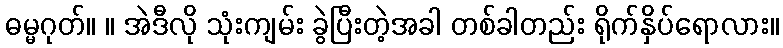
ဓမ္မဂုတ်။ ။ အဲဒီလို သုံးကျမ်း ခွဲပြီးတဲ့အခါ တစ်ခါတည်း ရိုက်နှိပ်ရောလား။